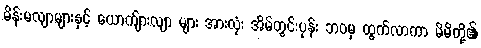
မိန်းမလျာများနှင့် ယောက်ျားလျာ များ အားလုံး အိမ်တွင်းပုန်း ဘဝမှ ထွက်လာကာ မိမိတို့၏